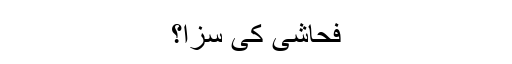
فحاشی کی سزا؟